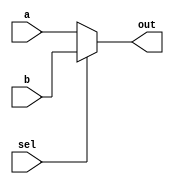
`timescale 1ns / 1ps
//////////////////////////////////////////////////////////////////////////////////
// Company: 
// Engineer: 
// 
// Design Name: 
// Module Name: mux_21
// Project Name: 
// Target Devices: 
// Tool Versions: 
// Description: 
// 
// Dependencies: 
// 
// Revision:
// Revision 0.01 - File Created
// Additional Comments:
// 
//////////////////////////////////////////////////////////////////////////////////



module mux_21(a, b, sel, out);
    parameter WIDTH = 8;
    
    input [WIDTH-1:0] a, b;
    input sel;
    output [WIDTH-1:0] out;
    
    // 
    assign out = sel == 0 ? a : b;
    
endmodule